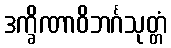
ဒက္ခိဏာဝိဘင်္ဂသုတ္တံ